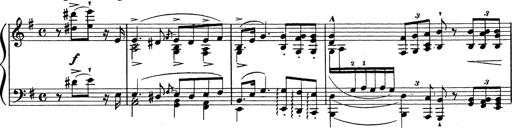
Title: Grosses Konzertsolo
Composer: Franz Liszt